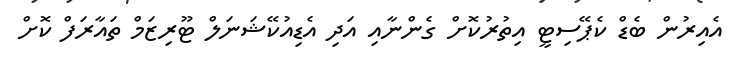
އެއިރުން ބެޑް ކެޕޭސިޓީ އިތުރުކޮށް ގެންނާއި އަދި އެޑިއުކޭޝަނަލް ޓޫރިޒަމް ތައާރަފް ކޮށް